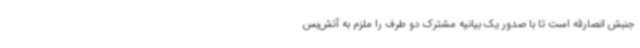
جنبش انصارالله است تا با صدور یک بیانیه مشترک دو طرف را ملزم به آتش‌بس